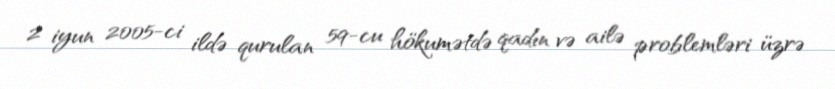
2 iyun 2005-ci ildə qurulan 59-cu hökumətdə qadın və ailə problemləri üzrə